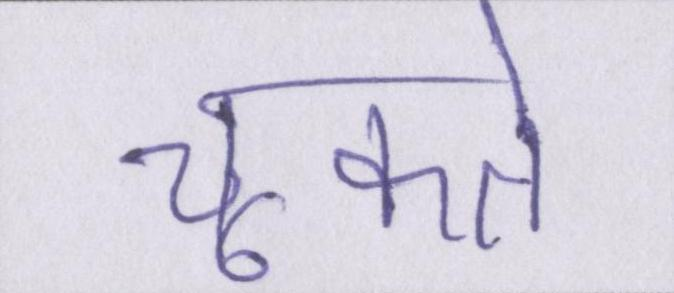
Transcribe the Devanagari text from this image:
चूकते